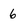
Character: 6